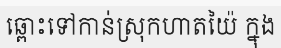
ឆ្ពោះទៅកាន់ស្រុកហាតយ៉ៃ ក្នុង